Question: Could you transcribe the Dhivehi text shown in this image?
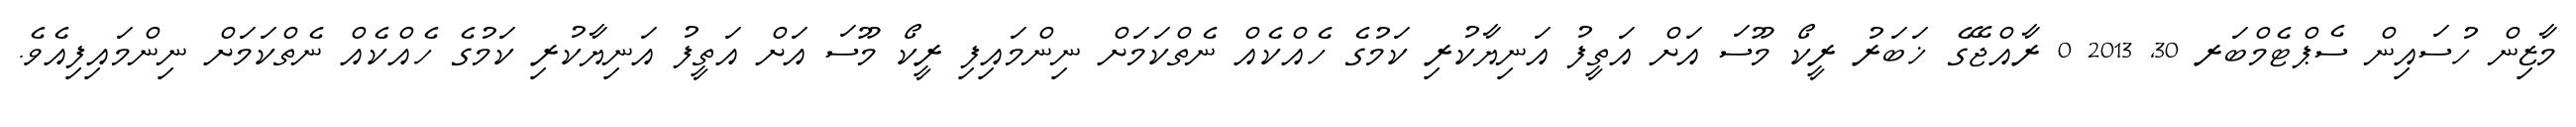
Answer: މާޒިން ހުސައިން ސެޕްޓެމްބަރ 30, 2013 0 ރާއްޖޭގެ ޚަބަރު ރީކޯ މޫސަ އަށް އަތީފު އަނިޔާކުރި ކަމުގެ ހެއްކެއް ނެތްކަމަށް ނިންމައިފި ރީކޯ މޫސަ އަށް އަތީފު އަނިޔާކުރި ކަމުގެ ހެއްކެއް ނެތްކަމަށް ނިންމައިފިއެވެ.